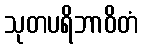
သုတပရိဘာဝိတံ